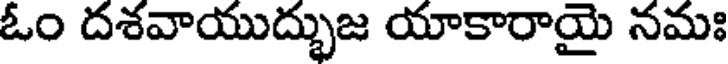
ఓం దశవాయుద్భుజ యాకారాయై నమః